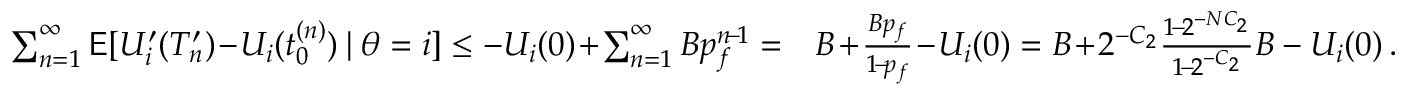
\begin{array} { r l } { \sum _ { n = 1 } ^ { \infty } \mathsf { E } [ U _ { i } ^ { \prime } ( T _ { n } ^ { \prime } ) \! - \! U _ { i } ( t _ { 0 } ^ { ( n ) } ) \! \mid \! \theta = i ] \le - U _ { i } ( 0 ) \! + \! \sum _ { n = 1 } ^ { \infty } B p _ { f } ^ { n \! - \! 1 } = } & { B \! + \! \frac { B p _ { f } } { 1 \! - \! p _ { f } } \! - \! U _ { i } ( 0 ) = B \! + \! 2 ^ { - C _ { 2 } } \frac { 1 \! - \! 2 ^ { - N C _ { 2 } } } { 1 \! - \! 2 ^ { - C _ { 2 } } } B - U _ { i } ( 0 ) \, . } \end{array}